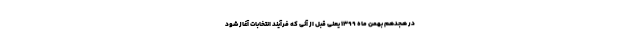
در هجدهم بهمن ماه ۱۳۹۹ یعنی قبل از آنی که فرآیند انتخابات آغاز شود